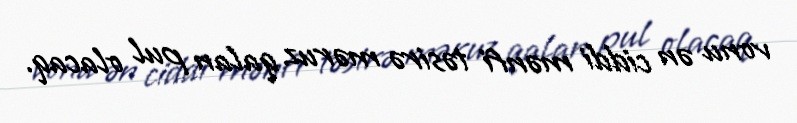
vonu ən ciddi mənfi təsirə məruz qalan pul olacaq.